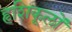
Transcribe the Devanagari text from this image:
हृशिकूलों